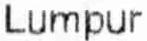
LUMPUR